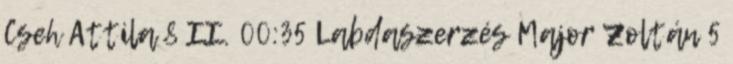
Cseh Attila 8 II. 00:35 Labdaszerzés Major Zoltán 5